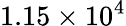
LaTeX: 1.15\times 10^{4}